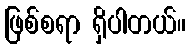
ဖြစ်စရာ ရှိပါတယ်။